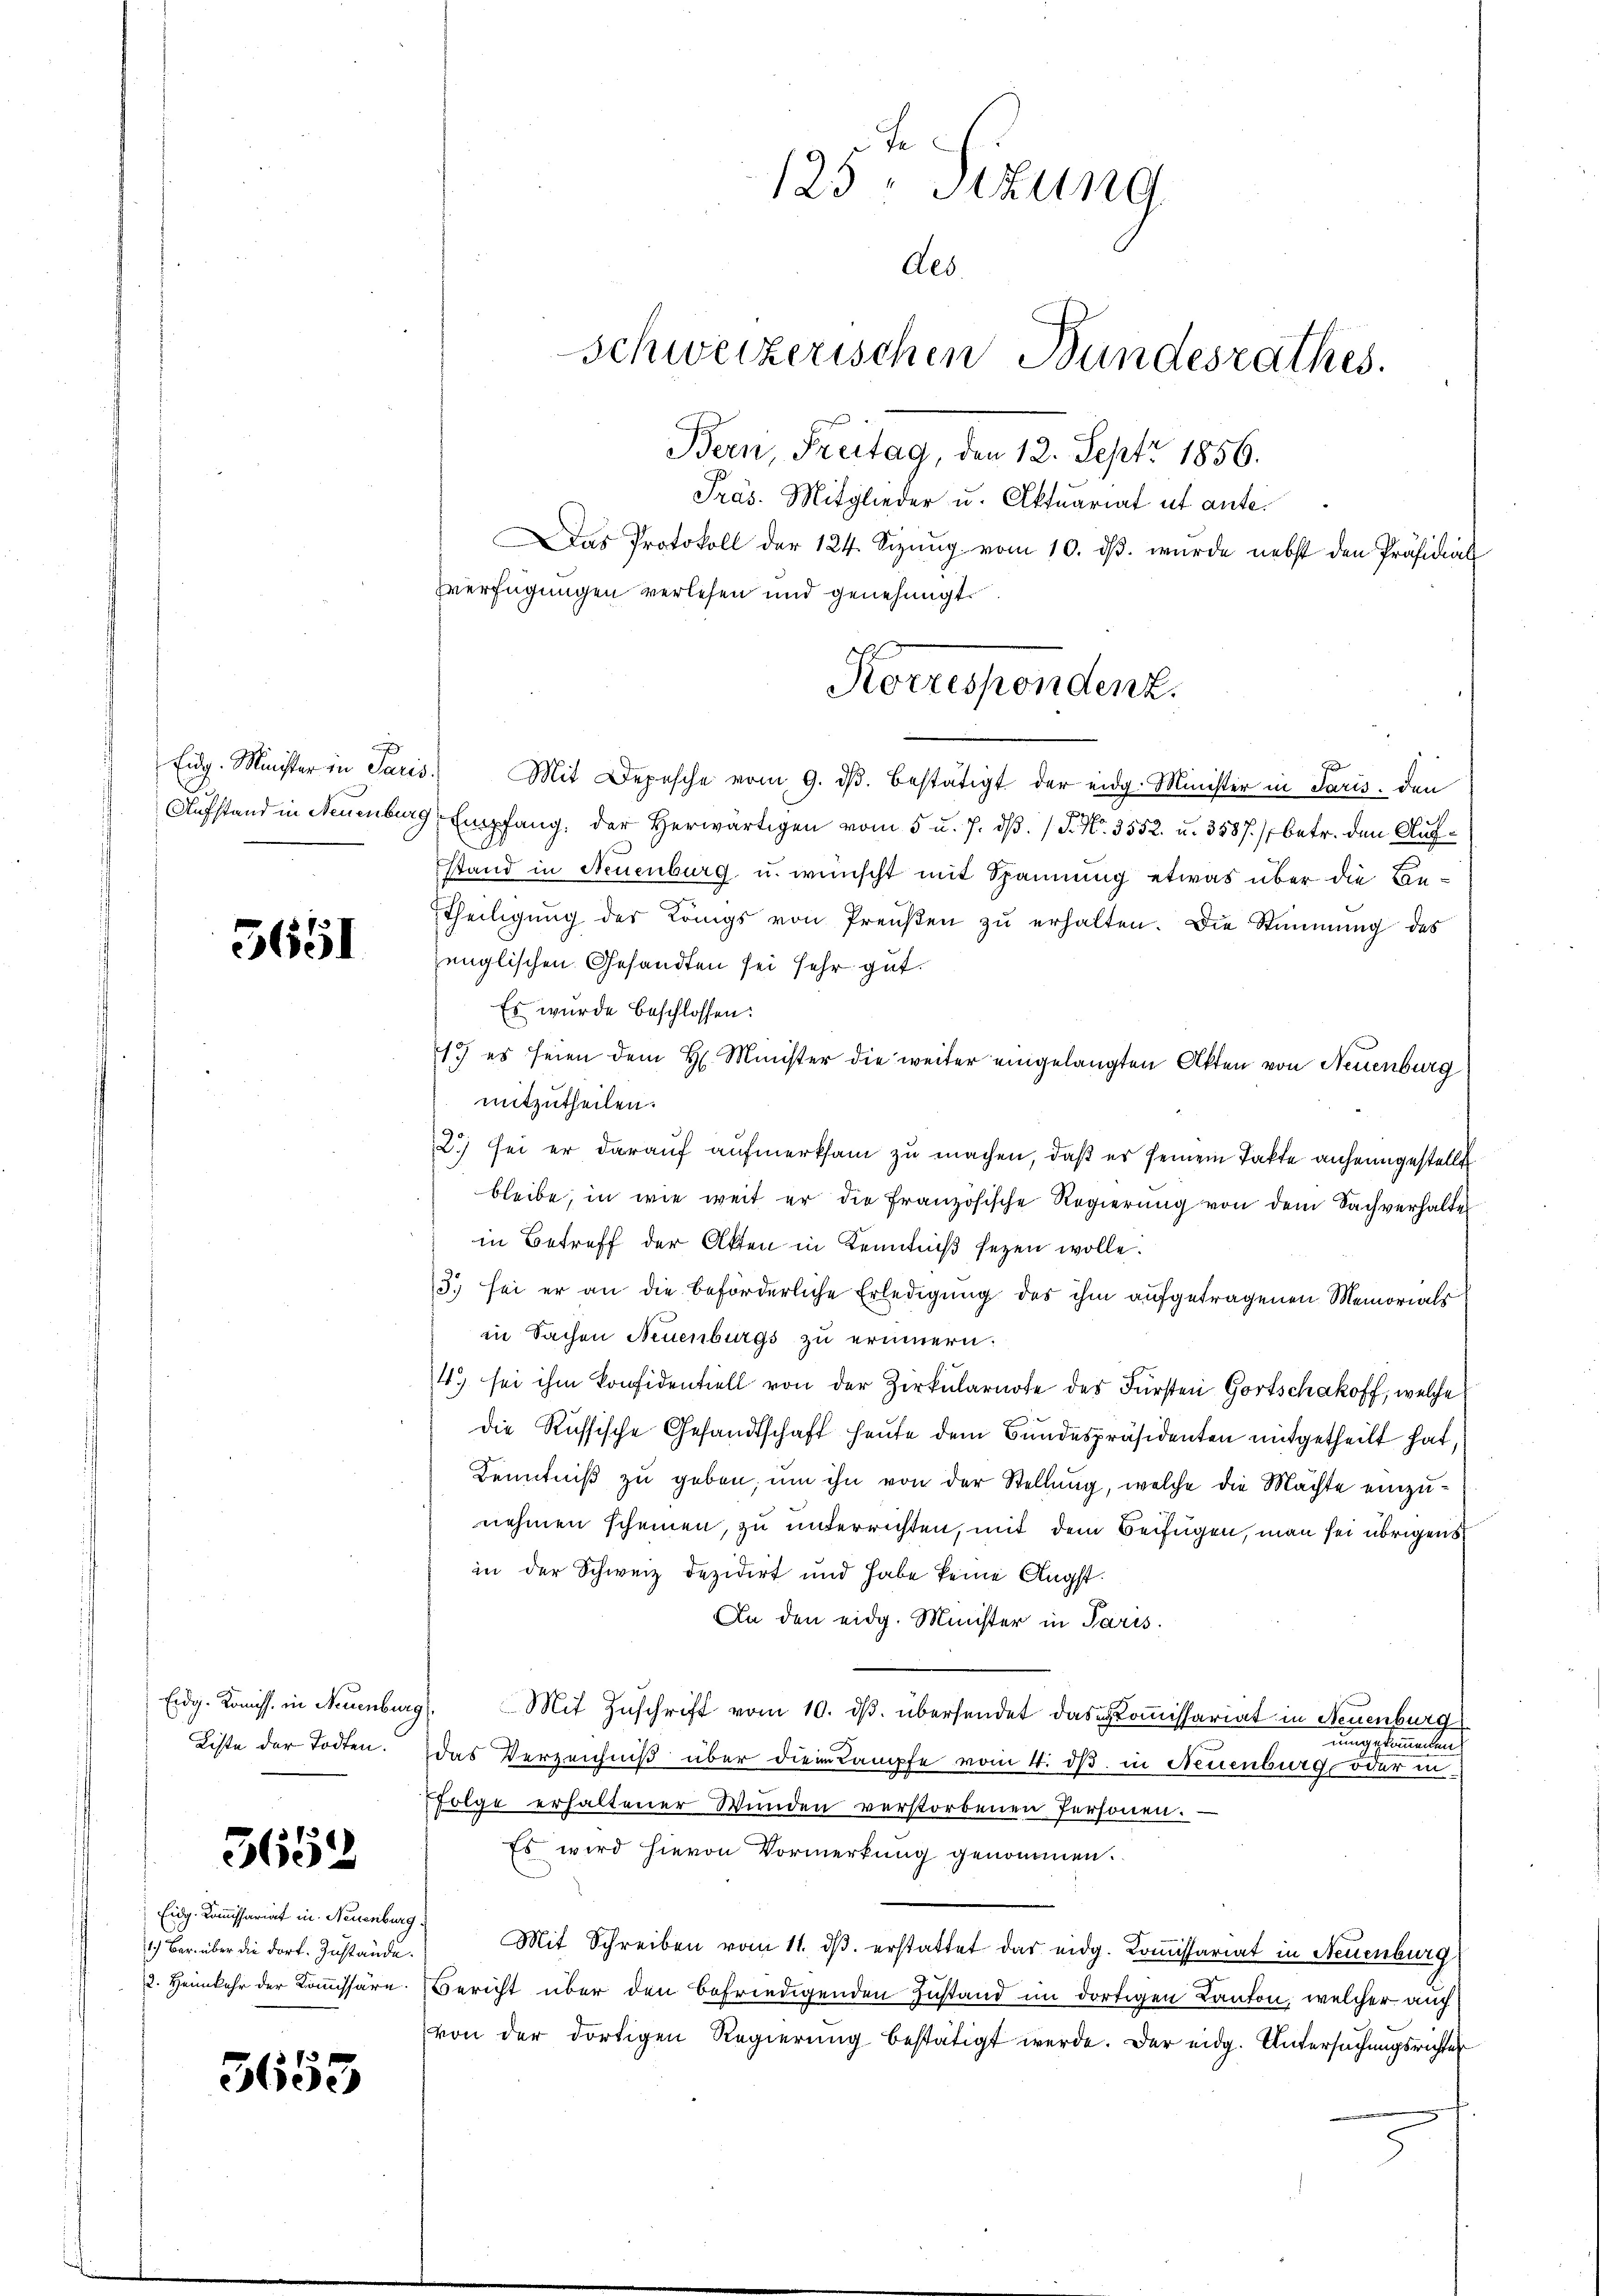
Eidg. Minister in Paris
Aufstand in Neuenburg

3651

Eidg. Komiss. in Neuenburg
Liste der Todten.

365

Eidg. Kommissariat in Neuenburg
1.) Bar. über die dort. Zustände.
2. Heimkehr der Kommissäre.

3653

Mit Depesche vom 9. dβ. bestätigt der eidg. Minister in Paris, den
Empfang der herwärtigen vom 5 u. 7. dβ. / P. Nr. 3552. u. 3587), betr. den Aufstand in Neuenburg u. wünscht mit Spannung etwas über die Be¬
Theiligŭng der Königs von Preŭβen zŭ erhalten. Die Stimmung des
englischen Gesandten sei sehr gut.
Es wurde beschlossen:
1.) es seien dem H. Minister die weiter eingelangten Akten von Neuenburg
mitzutheilen.
3) sei er darauf aufmerksam zu machen, daß er seinem Takte anheimgestellt
bleibe, in wie weit er die französische Regierung von dem Sachverhalte
in Betreff der Akten in Kenntniβ sezen wolle.
3. sei er an die beförderliche Erledigung des ihm aufgetragenen Memorials
in Sachen Neuenburgs zu erinnern.
4. sei ihm konfidentiell von der Zerkularnote des Fürsten Gortschakoff, welche
die Russische Gesandtschaft heute dem Bundespräsidenten mitgetheilt hat,
Kenntniß zu geben, um ihn von der Stellung, welche die Mächte einzunehmen scheinen, zu unterrichten, mit dem Beifügen, man sei übrigens
in der Schweiz dezidirt und habe keine Angst.
An den eidg. Minister in Paris.
Mit Zuschrift vom 10. ds. übersendet das Kommissariat in Neuenburg
umgekommenen
as Verzeichniß über die Kampfe vom 4. ds. in Neuenburg, oder in
olge erhaltener Wunden verstorbenen Personen.
Es wird hievon Vormerkung genommen.
Mit Schreiben vom 11. dβ. erstattet das eidg. Kommissariat in Neuenburg
Gericht über den befriedigenden Zustand im dortigen Kanton, welcher auch
von der dortigen Regierung bestätigt werde. Der eidg. Untersuchungsrichter

125. Sitzung
Aes.
Schweizerischen Bundesrathes.
Bern Freitag, den 12. Sept 1856.
Präs. Mitglieder u. Aktuariat ut ante.
Das Protokoll der 124. Sizung vom 10. dβ. wurde nebst den Präsidial
verfügungen verlesen und genehmigt.

Korrespondenz.